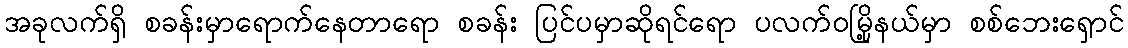
အခုလက်ရှိ စခန်းမှာရောက်နေတာရော စခန်း ပြင်ပမှာဆိုရင်ရော ပလက်ဝမြို့နယ်မှာ စစ်ဘေးရှောင်